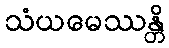
သံယမေဿန္တိ